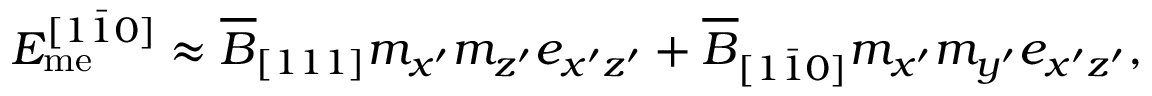
E _ { \mathrm { m e } } ^ { [ 1 \bar { 1 } 0 ] } \approx \overline { { B } } _ { [ 1 1 1 ] } m _ { x ^ { \prime } } m _ { z ^ { \prime } } e _ { x ^ { \prime } z ^ { \prime } } + \overline { { B } } _ { [ 1 \bar { 1 } 0 ] } m _ { x ^ { \prime } } m _ { y ^ { \prime } } e _ { x ^ { \prime } z ^ { \prime } } ,